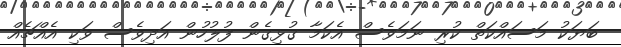
ބަޔަކު މަސައްކަތް ކުރި ނަމަވެސް އެކަމާ ގުޅިގެން ފުލުހުން އަދިވެސް ވަކި އެއްޗެއް